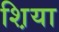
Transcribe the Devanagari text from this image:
श़िया